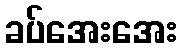
ခပ်အေးအေး